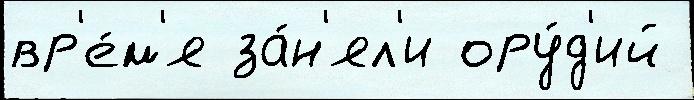
вр'е́м'я за́н'ял'и ору́д'ий